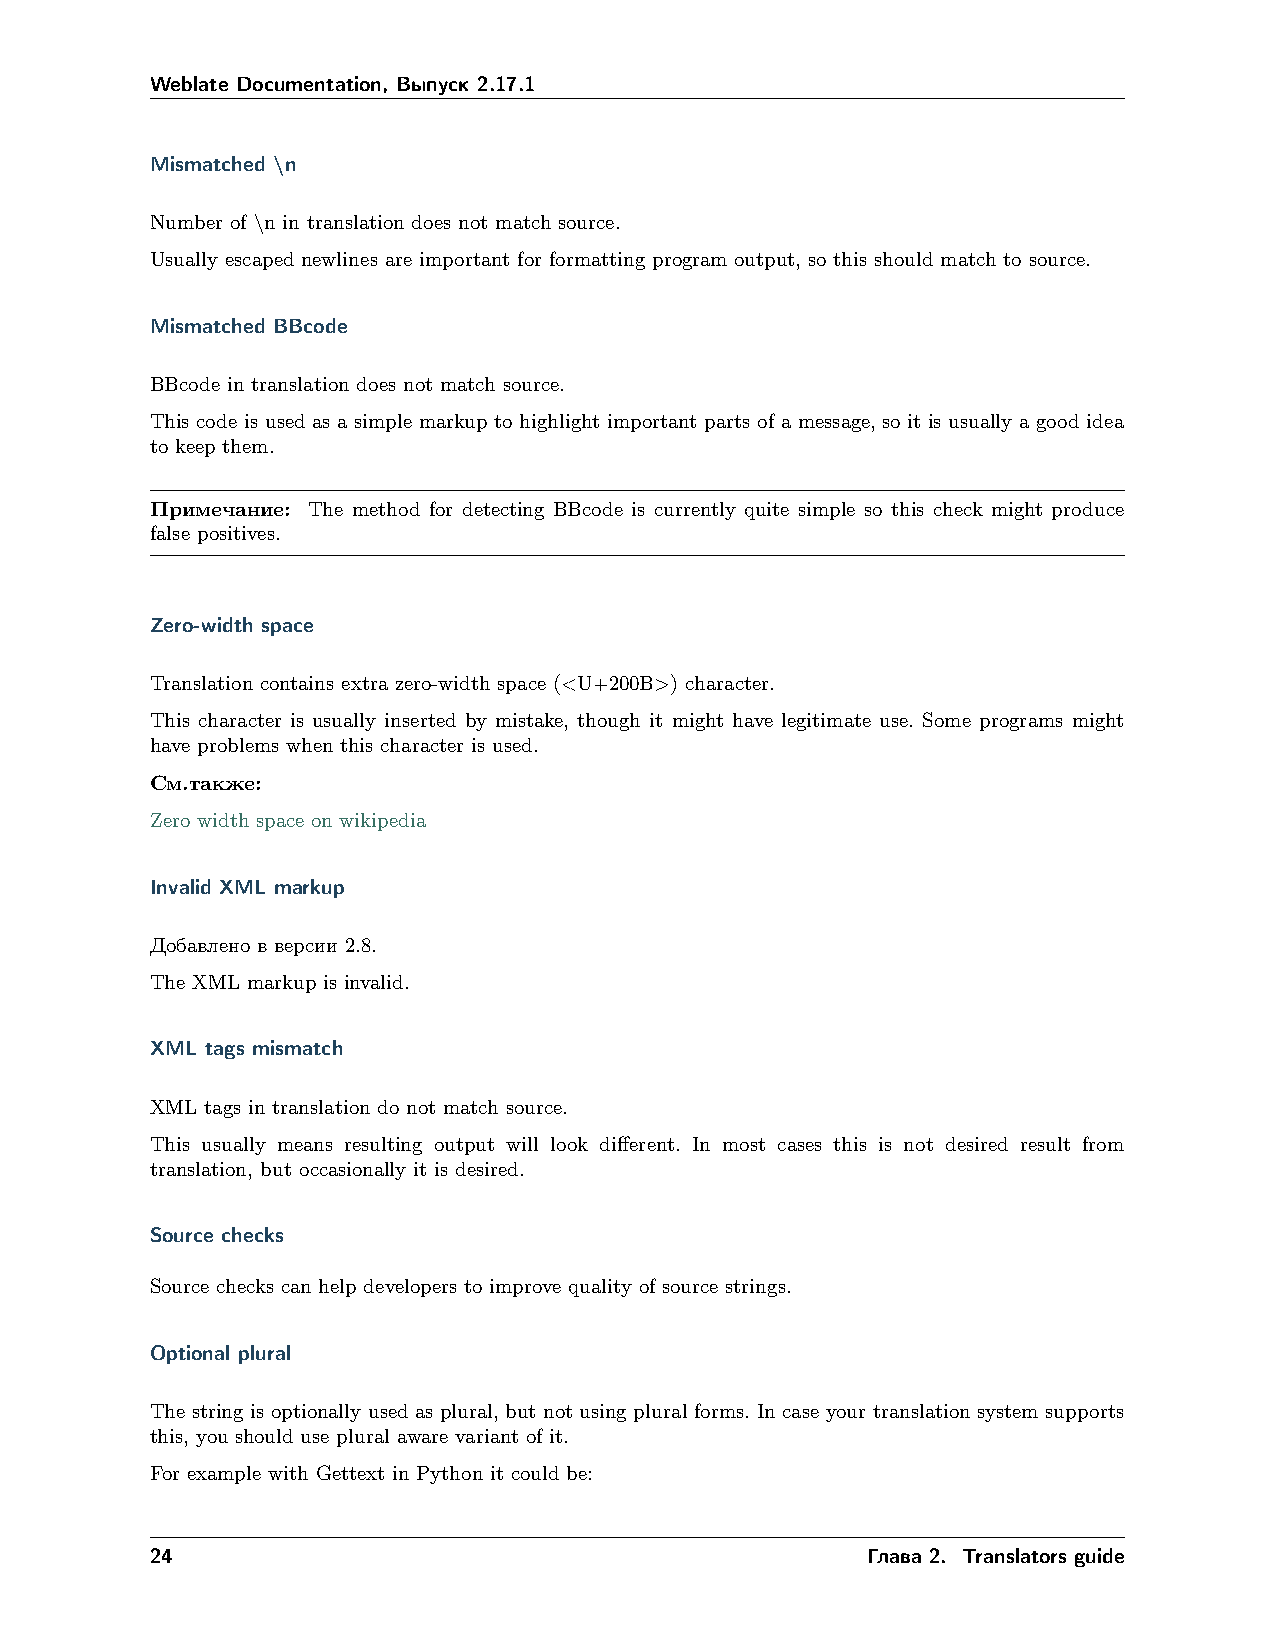
Weblate Documentation, Выпуск 2.17.1
 Mismatched \n
 Number of \n in translation does not match source.
 Usually escaped newlines are important for formatting program output, so this should match to source.
 Mismatched BBcode
 BBcode in translation does not match source.
 This code is used as a simple markup to highlight important parts of a message, so it is usually a good idea
 to keep them.
 Примечание: The method for detecting BBcode is currently quite simple so this check might produce
 false positives.
 Zero-width space
 Translation contains extra zero-width space (<U+200B>) character.
 This character is usually inserted by mistake, though it might have legitimate use. Some programs might
 have problems when this character is used.
 См.также:
 Zero width space on wikipedia
 Invalid XML markup
 Добавлено в версии 2.8.
 The XML markup is invalid.
 XML tags mismatch
 XML tags in translation do not match source.
 This usually means resulting output will look different. In most cases this is not desired result from
 translation, but occasionally it is desired.
 Source checks
 Source checks can help developers to improve quality of source strings.
 Optional plural
 The string is optionally used as plural, but not using plural forms. In case your translation system supports
 this, you should use plural aware variant of it.
 For example with Gettext in Python it could be:
 24                                             Глава 2. Translators guide